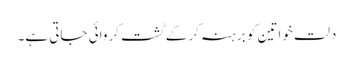
دلت خواتین کو برہنہ کر کے گشت کروائی جاتی ہے۔